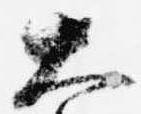
大